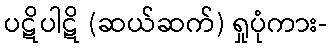
ပဋိပါဋိ (ဆယ်ဆက်) ရှုပုံကား-